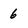
Character: 6